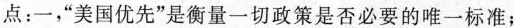
点：一，”美国优先”是衡量一切政策是否必要的唯一标准；